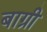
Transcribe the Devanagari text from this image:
बाग्री